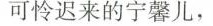
可怜迟来的宁馨儿，